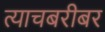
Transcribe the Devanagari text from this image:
त्याचबरीबर